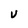
Character: v